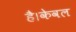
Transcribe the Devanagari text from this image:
है।केवल